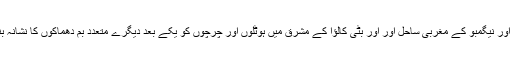
کولمبو اور نیگمبو کے مغربی ساحل اور اور بٹّی کالؤا کے مشرق میں ہوٹلوں اور چرچوں کو یکے بعد دیگرے متعدد بم دھماکوں کا نشانہ بنایا گیا۔